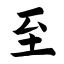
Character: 至